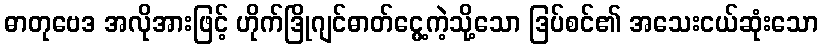
ဓာတုဗေဒ အလိုအားဖြင့် ဟိုက်ဒြိုဂျင်ဓာတ်ငွေ့ကဲ့သို့သော ဒြပ်စင်၏ အသေးငယ်ဆုံးသော